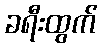
ခရီးထွက်